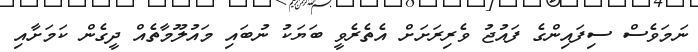
ނަމަވެސް ސިފައިންގެ ފައުޖު ވެރިރަށަށް އެތެރެވީ ބަޔަކު ނުބައި މައުލޫމާތެއް ދީގެން ކަމަށާއި